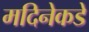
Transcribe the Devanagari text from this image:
मदिनेकडे